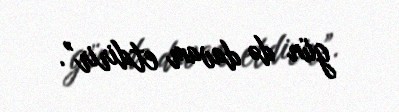
gün də davam etdirir”.